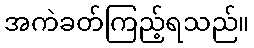
အကဲခတ်ကြည့်ရသည်။